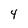
Character: 4